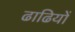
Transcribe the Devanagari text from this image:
ढाढियों